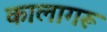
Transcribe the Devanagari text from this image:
कालागरू